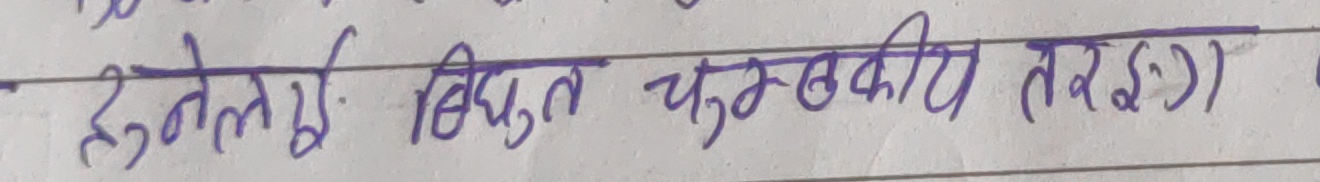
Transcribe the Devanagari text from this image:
हुनेलाई विद्युत चुम्बकीय तरंग))